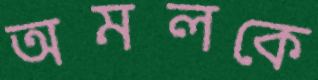
অমলকে